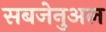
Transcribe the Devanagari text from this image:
सबजेनुअल